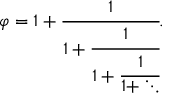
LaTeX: \varphi = 1 + { \cfrac { 1 } { 1 + { \cfrac { 1 } { 1 + { \cfrac { 1 } { 1 + \ddots } } } } } } .